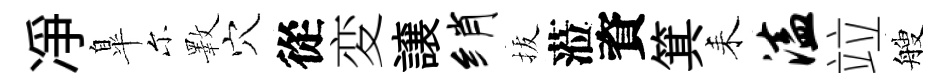
凈臯尓斁穴從変譲绡拔蒞資箕耒溘竝艘